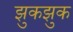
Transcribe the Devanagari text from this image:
झुकझुक